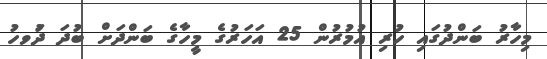
މިހާރު ބަންދުގައި ހުރި އުމުރުން 25 އަހަރުގެ މީހާގެ ބަންދަށް ބުދަ ދުަވހު